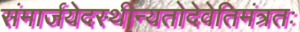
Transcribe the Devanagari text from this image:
संमार्जयेदस्थीन्यतोदेवेतिमंत्रतः